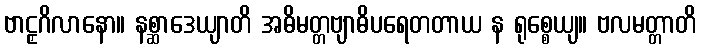
ဗာဠှဂိလာနော။ နစ္ဆာဒေယျာတိ အဓိမတ္တဗျာဓိပရေတတာယ န ရုစ္စေယျ။ ဗလမတ္တာတိ